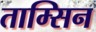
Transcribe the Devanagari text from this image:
ताम्सिन